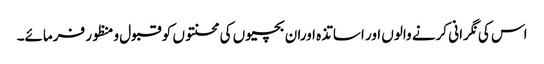
اس کی نگرانی کرنے والوں اور اساتذہ اوران بچیوں کی محنتوں کو قبول ومنظور فرمائے۔